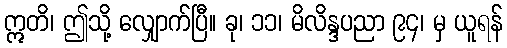
ဣတိ၊ ဤသို့ လျှောက်ပြီ။ ခု၊ ၁၁၊ မိလိန္ဒပညာ ၉၄၊ မှ ယူရန်